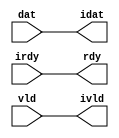

//------> /usr/cadtool/mentor/Catapult/2023.1/Mgc_home/pkgs/siflibs/ccs_in_wait_v1.v 
//------------------------------------------------------------------------------
// Catapult Synthesis - Sample I/O Port Library
//
// Copyright (c) 2003-2017 Mentor Graphics Corp.
//       All Rights Reserved
//
// This document may be used and distributed without restriction provided that
// this copyright statement is not removed from the file and that any derivative
// work contains this copyright notice.
//
// The design information contained in this file is intended to be an example
// of the functionality which the end user may study in preparation for creating
// their own custom interfaces. This design does not necessarily present a 
// complete implementation of the named protocol or standard.
//
//------------------------------------------------------------------------------


module ccs_in_wait_v1 (idat, rdy, ivld, dat, irdy, vld);

  parameter integer rscid = 1;
  parameter integer width = 8;

  output [width-1:0] idat;
  output             rdy;
  output             ivld;
  input  [width-1:0] dat;
  input              irdy;
  input              vld;

  wire   [width-1:0] idat;
  wire               rdy;
  wire               ivld;

  localparam stallOff = 0; 
  wire                  stall_ctrl;
  assign stall_ctrl = stallOff;

  assign idat = dat;
  assign rdy = irdy && !stall_ctrl;
  assign ivld = vld && !stall_ctrl;

endmodule


//------> /usr/cadtool/mentor/Catapult/2023.1/Mgc_home/pkgs/siflibs/ccs_out_wait_v1.v 
//------------------------------------------------------------------------------
// Catapult Synthesis - Sample I/O Port Library
//
// Copyright (c) 2003-2017 Mentor Graphics Corp.
//       All Rights Reserved
//
// This document may be used and distributed without restriction provided that
// this copyright statement is not removed from the file and that any derivative
// work contains this copyright notice.
//
// The design information contained in this file is intended to be an example
// of the functionality which the end user may study in preparation for creating
// their own custom interfaces. This design does not necessarily present a 
// complete implementation of the named protocol or standard.
//
//------------------------------------------------------------------------------


module ccs_out_wait_v1 (dat, irdy, vld, idat, rdy, ivld);

  parameter integer rscid = 1;
  parameter integer width = 8;

  output [width-1:0] dat;
  output             irdy;
  output             vld;
  input  [width-1:0] idat;
  input              rdy;
  input              ivld;

  wire   [width-1:0] dat;
  wire               irdy;
  wire               vld;

  localparam stallOff = 0; 
  wire stall_ctrl;
  assign stall_ctrl = stallOff;

  assign dat = idat;
  assign irdy = rdy && !stall_ctrl;
  assign vld = ivld && !stall_ctrl;

endmodule



//------> /usr/cadtool/mentor/Catapult/2023.1/Mgc_home/pkgs/siflibs/mgc_io_sync_v2.v 
//------------------------------------------------------------------------------
// Catapult Synthesis - Sample I/O Port Library
//
// Copyright (c) 2003-2017 Mentor Graphics Corp.
//       All Rights Reserved
//
// This document may be used and distributed without restriction provided that
// this copyright statement is not removed from the file and that any derivative
// work contains this copyright notice.
//
// The design information contained in this file is intended to be an example
// of the functionality which the end user may study in preparation for creating
// their own custom interfaces. This design does not necessarily present a 
// complete implementation of the named protocol or standard.
//
//------------------------------------------------------------------------------


module mgc_io_sync_v2 (ld, lz);
    parameter valid = 0;

    input  ld;
    output lz;

    wire   lz;

    assign lz = ld;

endmodule


//------> /usr/cadtool/mentor/Catapult/2023.1/Mgc_home/pkgs/siflibs/ccs_in_v1.v 
//------------------------------------------------------------------------------
// Catapult Synthesis - Sample I/O Port Library
//
// Copyright (c) 2003-2017 Mentor Graphics Corp.
//       All Rights Reserved
//
// This document may be used and distributed without restriction provided that
// this copyright statement is not removed from the file and that any derivative
// work contains this copyright notice.
//
// The design information contained in this file is intended to be an example
// of the functionality which the end user may study in preparation for creating
// their own custom interfaces. This design does not necessarily present a 
// complete implementation of the named protocol or standard.
//
//------------------------------------------------------------------------------


module ccs_in_v1 (idat, dat);

  parameter integer rscid = 1;
  parameter integer width = 8;

  output [width-1:0] idat;
  input  [width-1:0] dat;

  wire   [width-1:0] idat;

  assign idat = dat;

endmodule


//------> ./rtl.v 
// ----------------------------------------------------------------------
//  HLS HDL:        Verilog Netlister
//  HLS Version:    2023.1/1033555 Production Release
//  HLS Date:       Mon Feb 13 11:32:25 PST 2023
// 
//  Generated by:   m111061545@ws41
//  Generated date: Tue Mar 26 18:29:03 2024
// ----------------------------------------------------------------------

// 
// ------------------------------------------------------------------
//  Design Unit:    fir_run_run_fsm
//  FSM Module
// ------------------------------------------------------------------


module fir_run_run_fsm (
  clk, rst, run_wen, fsm_output, SHIFT_C_0_tr0
);
  input clk;
  input rst;
  input run_wen;
  output [2:0] fsm_output;
  reg [2:0] fsm_output;
  input SHIFT_C_0_tr0;


  // FSM State Type Declaration for fir_run_run_fsm_1
  parameter
    main_C_0 = 2'd0,
    SHIFT_C_0 = 2'd1,
    main_C_1 = 2'd2;

  reg [1:0] state_var;
  reg [1:0] state_var_NS;


  // Interconnect Declarations for Component Instantiations 
  always @(*)
  begin : fir_run_run_fsm_1
    case (state_var)
      SHIFT_C_0 : begin
        fsm_output = 3'b010;
        if ( SHIFT_C_0_tr0 ) begin
          state_var_NS = main_C_1;
        end
        else begin
          state_var_NS = SHIFT_C_0;
        end
      end
      main_C_1 : begin
        fsm_output = 3'b100;
        state_var_NS = main_C_0;
      end
      // main_C_0
      default : begin
        fsm_output = 3'b001;
        state_var_NS = SHIFT_C_0;
      end
    endcase
  end

  always @(posedge clk) begin
    if ( rst ) begin
      state_var <= main_C_0;
    end
    else if ( run_wen ) begin
      state_var <= state_var_NS;
    end
  end

endmodule

// ------------------------------------------------------------------
//  Design Unit:    fir_run_staller
// ------------------------------------------------------------------


module fir_run_staller (
  clk, rst, run_wen, run_wten, input_rsci_wen_comp, output_rsci_wen_comp
);
  input clk;
  input rst;
  output run_wen;
  output run_wten;
  reg run_wten;
  input input_rsci_wen_comp;
  input output_rsci_wen_comp;



  // Interconnect Declarations for Component Instantiations 
  assign run_wen = input_rsci_wen_comp & output_rsci_wen_comp;
  always @(posedge clk) begin
    if ( rst ) begin
      run_wten <= 1'b0;
    end
    else begin
      run_wten <= ~ run_wen;
    end
  end
endmodule

// ------------------------------------------------------------------
//  Design Unit:    fir_run_coeffs_triosy_obj_coeffs_triosy_wait_ctrl
// ------------------------------------------------------------------


module fir_run_coeffs_triosy_obj_coeffs_triosy_wait_ctrl (
  run_wten, coeffs_triosy_obj_iswt0, coeffs_triosy_obj_biwt
);
  input run_wten;
  input coeffs_triosy_obj_iswt0;
  output coeffs_triosy_obj_biwt;



  // Interconnect Declarations for Component Instantiations 
  assign coeffs_triosy_obj_biwt = (~ run_wten) & coeffs_triosy_obj_iswt0;
endmodule

// ------------------------------------------------------------------
//  Design Unit:    fir_run_output_rsci_output_wait_ctrl
// ------------------------------------------------------------------


module fir_run_output_rsci_output_wait_ctrl (
  output_rsci_iswt0, output_rsci_biwt, output_rsci_irdy
);
  input output_rsci_iswt0;
  output output_rsci_biwt;
  input output_rsci_irdy;



  // Interconnect Declarations for Component Instantiations 
  assign output_rsci_biwt = output_rsci_iswt0 & output_rsci_irdy;
endmodule

// ------------------------------------------------------------------
//  Design Unit:    fir_run_input_rsci_input_wait_ctrl
// ------------------------------------------------------------------


module fir_run_input_rsci_input_wait_ctrl (
  input_rsci_iswt0, input_rsci_biwt, input_rsci_ivld
);
  input input_rsci_iswt0;
  output input_rsci_biwt;
  input input_rsci_ivld;



  // Interconnect Declarations for Component Instantiations 
  assign input_rsci_biwt = input_rsci_iswt0 & input_rsci_ivld;
endmodule

// ------------------------------------------------------------------
//  Design Unit:    fir_run_coeffs_triosy_obj
// ------------------------------------------------------------------


module fir_run_coeffs_triosy_obj (
  coeffs_triosy_lz, run_wten, coeffs_triosy_obj_iswt0
);
  output coeffs_triosy_lz;
  input run_wten;
  input coeffs_triosy_obj_iswt0;


  // Interconnect Declarations
  wire coeffs_triosy_obj_biwt;


  // Interconnect Declarations for Component Instantiations 
  mgc_io_sync_v2 #(.valid(32'sd0)) coeffs_triosy_obj (
      .ld(coeffs_triosy_obj_biwt),
      .lz(coeffs_triosy_lz)
    );
  fir_run_coeffs_triosy_obj_coeffs_triosy_wait_ctrl fir_run_coeffs_triosy_obj_coeffs_triosy_wait_ctrl_inst
      (
      .run_wten(run_wten),
      .coeffs_triosy_obj_iswt0(coeffs_triosy_obj_iswt0),
      .coeffs_triosy_obj_biwt(coeffs_triosy_obj_biwt)
    );
endmodule

// ------------------------------------------------------------------
//  Design Unit:    fir_run_output_rsci
// ------------------------------------------------------------------


module fir_run_output_rsci (
  output_rsc_dat, output_rsc_vld, output_rsc_rdy, output_rsci_oswt, output_rsci_wen_comp,
      output_rsci_idat
);
  output [7:0] output_rsc_dat;
  output output_rsc_vld;
  input output_rsc_rdy;
  input output_rsci_oswt;
  output output_rsci_wen_comp;
  input [7:0] output_rsci_idat;


  // Interconnect Declarations
  wire output_rsci_biwt;
  wire output_rsci_irdy;


  // Interconnect Declarations for Component Instantiations 
  ccs_out_wait_v1 #(.rscid(32'sd3),
  .width(32'sd8)) output_rsci (
      .irdy(output_rsci_irdy),
      .ivld(output_rsci_oswt),
      .idat(output_rsci_idat),
      .rdy(output_rsc_rdy),
      .vld(output_rsc_vld),
      .dat(output_rsc_dat)
    );
  fir_run_output_rsci_output_wait_ctrl fir_run_output_rsci_output_wait_ctrl_inst
      (
      .output_rsci_iswt0(output_rsci_oswt),
      .output_rsci_biwt(output_rsci_biwt),
      .output_rsci_irdy(output_rsci_irdy)
    );
  assign output_rsci_wen_comp = (~ output_rsci_oswt) | output_rsci_biwt;
endmodule

// ------------------------------------------------------------------
//  Design Unit:    fir_run_input_rsci
// ------------------------------------------------------------------


module fir_run_input_rsci (
  input_rsc_dat, input_rsc_vld, input_rsc_rdy, input_rsci_oswt, input_rsci_wen_comp,
      input_rsci_idat_mxwt
);
  input [7:0] input_rsc_dat;
  input input_rsc_vld;
  output input_rsc_rdy;
  input input_rsci_oswt;
  output input_rsci_wen_comp;
  output [7:0] input_rsci_idat_mxwt;


  // Interconnect Declarations
  wire input_rsci_biwt;
  wire input_rsci_ivld;
  wire [7:0] input_rsci_idat;


  // Interconnect Declarations for Component Instantiations 
  ccs_in_wait_v1 #(.rscid(32'sd1),
  .width(32'sd8)) input_rsci (
      .rdy(input_rsc_rdy),
      .vld(input_rsc_vld),
      .dat(input_rsc_dat),
      .irdy(input_rsci_oswt),
      .ivld(input_rsci_ivld),
      .idat(input_rsci_idat)
    );
  fir_run_input_rsci_input_wait_ctrl fir_run_input_rsci_input_wait_ctrl_inst (
      .input_rsci_iswt0(input_rsci_oswt),
      .input_rsci_biwt(input_rsci_biwt),
      .input_rsci_ivld(input_rsci_ivld)
    );
  assign input_rsci_idat_mxwt = input_rsci_idat;
  assign input_rsci_wen_comp = (~ input_rsci_oswt) | input_rsci_biwt;
endmodule

// ------------------------------------------------------------------
//  Design Unit:    fir_run
// ------------------------------------------------------------------


module fir_run (
  clk, rst, input_rsc_dat, input_rsc_vld, input_rsc_rdy, coeffs_rsc_dat, coeffs_triosy_lz,
      output_rsc_dat, output_rsc_vld, output_rsc_rdy
);
  input clk;
  input rst;
  input [7:0] input_rsc_dat;
  input input_rsc_vld;
  output input_rsc_rdy;
  input [63:0] coeffs_rsc_dat;
  output coeffs_triosy_lz;
  output [7:0] output_rsc_dat;
  output output_rsc_vld;
  input output_rsc_rdy;


  // Interconnect Declarations
  wire run_wen;
  wire run_wten;
  wire input_rsci_wen_comp;
  wire [7:0] input_rsci_idat_mxwt;
  wire [63:0] coeffs_rsci_idat;
  wire output_rsci_wen_comp;
  reg [7:0] output_rsci_idat;
  wire [2:0] fsm_output;
  wire [3:0] SHIFT_acc_1_tmp;
  wire [4:0] nl_SHIFT_acc_1_tmp;
  wire or_dcpl_5;
  wire or_dcpl_6;
  wire or_dcpl_7;
  wire or_dcpl_8;
  wire or_dcpl_9;
  wire or_dcpl_10;
  wire or_dcpl_11;
  wire or_dcpl_12;
  wire or_dcpl_14;
  wire or_dcpl_16;
  reg [2:0] SHIFT_i_3_0_sva_2_0;
  reg reg_input_rsci_oswt_cse;
  reg reg_coeffs_triosy_obj_iswt0_cse;
  wire MAC_and_m1c;
  wire MAC_and_m1c_1;
  wire MAC_and_m1c_2;
  wire MAC_and_m1c_3;
  wire MAC_and_m1c_4;
  wire MAC_and_m1c_5;
  wire or_13_cse;
  reg [2:0] MAC_i_3_0_sva_2_0;
  wire MAC_and_12_m1c;
  reg [7:0] regs_0_lpi_2;
  reg [7:0] regs_3_lpi_2;
  reg [7:0] regs_4_lpi_2;
  reg [7:0] regs_2_lpi_2;
  reg [7:0] regs_5_lpi_2;
  reg [7:0] regs_1_lpi_2;
  reg [7:0] regs_6_lpi_2;
  reg [7:0] regs_7_lpi_2;
  reg [18:0] temp_sva;
  wire [7:0] regs_0_lpi_2_mx1;
  wire [18:0] temp_sva_2;
  wire [19:0] nl_temp_sva_2;
  wire [7:0] SHIFT_else_SHIFT_else_slc_regs_8_7_0_1_ctmp_sva_1;
  wire [3:0] MAC_i_3_0_sva_2;
  wire [4:0] nl_MAC_i_3_0_sva_2;
  wire [2:0] SHIFT_else_acc_1_tmp;
  wire [3:0] nl_SHIFT_else_acc_1_tmp;
  wire and_60_cse;

  wire not_22_nl;
  wire not_31_nl;
  wire or_15_nl;
  wire[15:0] MAC_mul_nl;
  wire[7:0] MAC_mux_nl;
  wire[7:0] MAC_MAC_mux1h_nl;
  wire MAC_nor_nl;
  wire MAC_or_nl;
  wire MAC_and_6_nl;
  wire MAC_and_7_nl;
  wire MAC_and_8_nl;
  wire MAC_and_9_nl;
  wire MAC_and_10_nl;
  wire MAC_and_11_nl;
  wire MAC_and_20_nl;

  // Interconnect Declarations for Component Instantiations 
  ccs_in_v1 #(.rscid(32'sd2),
  .width(32'sd64)) coeffs_rsci (
      .dat(coeffs_rsc_dat),
      .idat(coeffs_rsci_idat)
    );
  fir_run_input_rsci fir_run_input_rsci_inst (
      .input_rsc_dat(input_rsc_dat),
      .input_rsc_vld(input_rsc_vld),
      .input_rsc_rdy(input_rsc_rdy),
      .input_rsci_oswt(reg_input_rsci_oswt_cse),
      .input_rsci_wen_comp(input_rsci_wen_comp),
      .input_rsci_idat_mxwt(input_rsci_idat_mxwt)
    );
  fir_run_output_rsci fir_run_output_rsci_inst (
      .output_rsc_dat(output_rsc_dat),
      .output_rsc_vld(output_rsc_vld),
      .output_rsc_rdy(output_rsc_rdy),
      .output_rsci_oswt(reg_coeffs_triosy_obj_iswt0_cse),
      .output_rsci_wen_comp(output_rsci_wen_comp),
      .output_rsci_idat(output_rsci_idat)
    );
  fir_run_coeffs_triosy_obj fir_run_coeffs_triosy_obj_inst (
      .coeffs_triosy_lz(coeffs_triosy_lz),
      .run_wten(run_wten),
      .coeffs_triosy_obj_iswt0(reg_coeffs_triosy_obj_iswt0_cse)
    );
  fir_run_staller fir_run_staller_inst (
      .clk(clk),
      .rst(rst),
      .run_wen(run_wen),
      .run_wten(run_wten),
      .input_rsci_wen_comp(input_rsci_wen_comp),
      .output_rsci_wen_comp(output_rsci_wen_comp)
    );
  fir_run_run_fsm fir_run_run_fsm_inst (
      .clk(clk),
      .rst(rst),
      .run_wen(run_wen),
      .fsm_output(fsm_output),
      .SHIFT_C_0_tr0(and_60_cse)
    );
  assign or_13_cse = or_dcpl_5 | (~ (SHIFT_i_3_0_sva_2_0[1]));
  assign and_60_cse = (MAC_i_3_0_sva_2[3]) & (SHIFT_acc_1_tmp[3]);
  assign or_15_nl = or_dcpl_11 | (SHIFT_i_3_0_sva_2_0[1]);
  assign regs_0_lpi_2_mx1 = MUX_v_8_2_2(input_rsci_idat_mxwt, regs_0_lpi_2, or_15_nl);
  assign MAC_and_m1c = (MAC_i_3_0_sva_2_0==3'b001);
  assign MAC_and_m1c_1 = (MAC_i_3_0_sva_2_0==3'b010);
  assign MAC_and_m1c_2 = (MAC_i_3_0_sva_2_0==3'b011);
  assign MAC_and_m1c_3 = (MAC_i_3_0_sva_2_0==3'b100);
  assign MAC_and_m1c_4 = (MAC_i_3_0_sva_2_0==3'b101);
  assign MAC_and_m1c_5 = (MAC_i_3_0_sva_2_0==3'b110);
  assign MAC_and_12_m1c = (MAC_i_3_0_sva_2_0==3'b111);
  assign MAC_mux_nl = MUX_v_8_8_2((coeffs_rsci_idat[7:0]), (coeffs_rsci_idat[15:8]),
      (coeffs_rsci_idat[23:16]), (coeffs_rsci_idat[31:24]), (coeffs_rsci_idat[39:32]),
      (coeffs_rsci_idat[47:40]), (coeffs_rsci_idat[55:48]), (coeffs_rsci_idat[63:56]),
      MAC_i_3_0_sva_2_0);
  assign MAC_nor_nl = ~((MAC_i_3_0_sva_2_0!=3'b000));
  assign MAC_or_nl = ((~ or_dcpl_8) & MAC_and_m1c) | ((~ or_dcpl_12) & MAC_and_m1c_1)
      | ((~ or_dcpl_14) & MAC_and_m1c_2) | ((~ or_dcpl_16) & MAC_and_m1c_3) | ((~
      or_dcpl_6) & MAC_and_m1c_4) | ((~ or_dcpl_10) & MAC_and_m1c_5) | ((~ or_13_cse)
      & MAC_and_12_m1c);
  assign MAC_and_6_nl = or_dcpl_8 & MAC_and_m1c;
  assign MAC_and_7_nl = or_dcpl_12 & MAC_and_m1c_1;
  assign MAC_and_8_nl = or_dcpl_14 & MAC_and_m1c_2;
  assign MAC_and_9_nl = or_dcpl_16 & MAC_and_m1c_3;
  assign MAC_and_10_nl = or_dcpl_6 & MAC_and_m1c_4;
  assign MAC_and_11_nl = or_dcpl_10 & MAC_and_m1c_5;
  assign MAC_and_20_nl = or_13_cse & MAC_and_12_m1c;
  assign MAC_MAC_mux1h_nl = MUX1HOT_v_8_9_2(regs_0_lpi_2_mx1, SHIFT_else_SHIFT_else_slc_regs_8_7_0_1_ctmp_sva_1,
      regs_1_lpi_2, regs_2_lpi_2, regs_3_lpi_2, regs_4_lpi_2, regs_5_lpi_2, regs_6_lpi_2,
      regs_7_lpi_2, {MAC_nor_nl , MAC_or_nl , MAC_and_6_nl , MAC_and_7_nl , MAC_and_8_nl
      , MAC_and_9_nl , MAC_and_10_nl , MAC_and_11_nl , MAC_and_20_nl});
  assign MAC_mul_nl = $signed(MAC_mux_nl) * $signed(MAC_MAC_mux1h_nl);
  assign nl_temp_sva_2 = temp_sva + conv_s2s_16_19(MAC_mul_nl);
  assign temp_sva_2 = nl_temp_sva_2[18:0];
  assign nl_SHIFT_else_acc_1_tmp = SHIFT_i_3_0_sva_2_0 + 3'b111;
  assign SHIFT_else_acc_1_tmp = nl_SHIFT_else_acc_1_tmp[2:0];
  assign SHIFT_else_SHIFT_else_slc_regs_8_7_0_1_ctmp_sva_1 = MUX_v_8_7_2(regs_0_lpi_2,
      regs_1_lpi_2, regs_2_lpi_2, regs_3_lpi_2, regs_4_lpi_2, regs_5_lpi_2, regs_6_lpi_2,
      SHIFT_else_acc_1_tmp);
  assign nl_SHIFT_acc_1_tmp = conv_u2s_3_4(SHIFT_i_3_0_sva_2_0) + 4'b1111;
  assign SHIFT_acc_1_tmp = nl_SHIFT_acc_1_tmp[3:0];
  assign nl_MAC_i_3_0_sva_2 = conv_u2s_3_4(MAC_i_3_0_sva_2_0) + 4'b1111;
  assign MAC_i_3_0_sva_2 = nl_MAC_i_3_0_sva_2[3:0];
  assign or_dcpl_5 = ~((SHIFT_i_3_0_sva_2_0[2]) & (SHIFT_i_3_0_sva_2_0[0]));
  assign or_dcpl_6 = or_dcpl_5 | (SHIFT_i_3_0_sva_2_0[1]);
  assign or_dcpl_7 = (SHIFT_i_3_0_sva_2_0[2]) | (~ (SHIFT_i_3_0_sva_2_0[0]));
  assign or_dcpl_8 = or_dcpl_7 | (SHIFT_i_3_0_sva_2_0[1]);
  assign or_dcpl_9 = (~ (SHIFT_i_3_0_sva_2_0[2])) | (SHIFT_i_3_0_sva_2_0[0]);
  assign or_dcpl_10 = or_dcpl_9 | (~ (SHIFT_i_3_0_sva_2_0[1]));
  assign or_dcpl_11 = (SHIFT_i_3_0_sva_2_0[2]) | (SHIFT_i_3_0_sva_2_0[0]);
  assign or_dcpl_12 = or_dcpl_11 | (~ (SHIFT_i_3_0_sva_2_0[1]));
  assign or_dcpl_14 = or_dcpl_7 | (~ (SHIFT_i_3_0_sva_2_0[1]));
  assign or_dcpl_16 = or_dcpl_9 | (SHIFT_i_3_0_sva_2_0[1]);
  always @(posedge clk) begin
    if ( rst ) begin
      reg_input_rsci_oswt_cse <= 1'b0;
      SHIFT_i_3_0_sva_2_0 <= 3'b000;
      MAC_i_3_0_sva_2_0 <= 3'b000;
      temp_sva <= 19'b0000000000000000000;
      reg_coeffs_triosy_obj_iswt0_cse <= 1'b0;
    end
    else if ( run_wen ) begin
      reg_input_rsci_oswt_cse <= (~((SHIFT_acc_1_tmp[0]) | and_60_cse)) & (SHIFT_acc_1_tmp[2:1]==2'b00)
          & (fsm_output[1]);
      SHIFT_i_3_0_sva_2_0 <= MUX_v_3_2_2((SHIFT_acc_1_tmp[2:0]), 3'b111, not_22_nl);
      MAC_i_3_0_sva_2_0 <= MUX_v_3_2_2((MAC_i_3_0_sva_2[2:0]), 3'b111, not_31_nl);
      temp_sva <= MUX_v_19_2_2(19'b0000000000000000000, temp_sva_2, (fsm_output[1]));
      reg_coeffs_triosy_obj_iswt0_cse <= and_60_cse & (fsm_output[1]);
    end
  end
  always @(posedge clk) begin
    if ( rst ) begin
      regs_5_lpi_2 <= 8'b00000000;
    end
    else if ( (SHIFT_i_3_0_sva_2_0==3'b101) & (fsm_output[1]) & ((SHIFT_else_acc_1_tmp!=3'b101))
        & run_wen ) begin
      regs_5_lpi_2 <= SHIFT_else_SHIFT_else_slc_regs_8_7_0_1_ctmp_sva_1;
    end
  end
  always @(posedge clk) begin
    if ( rst ) begin
      regs_1_lpi_2 <= 8'b00000000;
    end
    else if ( (SHIFT_i_3_0_sva_2_0==3'b001) & (fsm_output[1]) & ((SHIFT_else_acc_1_tmp!=3'b001))
        & run_wen ) begin
      regs_1_lpi_2 <= SHIFT_else_SHIFT_else_slc_regs_8_7_0_1_ctmp_sva_1;
    end
  end
  always @(posedge clk) begin
    if ( rst ) begin
      regs_6_lpi_2 <= 8'b00000000;
    end
    else if ( (SHIFT_i_3_0_sva_2_0==3'b110) & (fsm_output[1]) & ((SHIFT_else_acc_1_tmp!=3'b110))
        & run_wen ) begin
      regs_6_lpi_2 <= SHIFT_else_SHIFT_else_slc_regs_8_7_0_1_ctmp_sva_1;
    end
  end
  always @(posedge clk) begin
    if ( rst ) begin
      regs_2_lpi_2 <= 8'b00000000;
    end
    else if ( (SHIFT_i_3_0_sva_2_0==3'b010) & (fsm_output[1]) & ((SHIFT_else_acc_1_tmp!=3'b010))
        & run_wen ) begin
      regs_2_lpi_2 <= SHIFT_else_SHIFT_else_slc_regs_8_7_0_1_ctmp_sva_1;
    end
  end
  always @(posedge clk) begin
    if ( rst ) begin
      regs_7_lpi_2 <= 8'b00000000;
    end
    else if ( run_wen & (~(((SHIFT_acc_1_tmp[2:0]==3'b111)) | and_60_cse)) & (~ or_13_cse)
        ) begin
      regs_7_lpi_2 <= SHIFT_else_SHIFT_else_slc_regs_8_7_0_1_ctmp_sva_1;
    end
  end
  always @(posedge clk) begin
    if ( rst ) begin
      regs_3_lpi_2 <= 8'b00000000;
    end
    else if ( (SHIFT_i_3_0_sva_2_0==3'b011) & (fsm_output[1]) & ((SHIFT_else_acc_1_tmp!=3'b011))
        & run_wen ) begin
      regs_3_lpi_2 <= SHIFT_else_SHIFT_else_slc_regs_8_7_0_1_ctmp_sva_1;
    end
  end
  always @(posedge clk) begin
    if ( rst ) begin
      regs_0_lpi_2 <= 8'b00000000;
    end
    else if ( ((SHIFT_acc_1_tmp[2:0]!=3'b000) | and_60_cse) & (fsm_output[1]) & run_wen
        & (SHIFT_i_3_0_sva_2_0==3'b000) ) begin
      regs_0_lpi_2 <= regs_0_lpi_2_mx1;
    end
  end
  always @(posedge clk) begin
    if ( rst ) begin
      regs_4_lpi_2 <= 8'b00000000;
    end
    else if ( (SHIFT_i_3_0_sva_2_0==3'b100) & (fsm_output[1]) & ((SHIFT_else_acc_1_tmp!=3'b100))
        & run_wen ) begin
      regs_4_lpi_2 <= SHIFT_else_SHIFT_else_slc_regs_8_7_0_1_ctmp_sva_1;
    end
  end
  always @(posedge clk) begin
    if ( rst ) begin
      output_rsci_idat <= 8'b00000000;
    end
    else if ( run_wen & and_60_cse & (fsm_output[1]) ) begin
      output_rsci_idat <= temp_sva_2[18:11];
    end
  end
  assign not_22_nl = ~ (fsm_output[1]);
  assign not_31_nl = ~ (fsm_output[1]);

  function automatic [7:0] MUX1HOT_v_8_9_2;
    input [7:0] input_8;
    input [7:0] input_7;
    input [7:0] input_6;
    input [7:0] input_5;
    input [7:0] input_4;
    input [7:0] input_3;
    input [7:0] input_2;
    input [7:0] input_1;
    input [7:0] input_0;
    input [8:0] sel;
    reg [7:0] result;
  begin
    result = input_0 & {8{sel[0]}};
    result = result | (input_1 & {8{sel[1]}});
    result = result | (input_2 & {8{sel[2]}});
    result = result | (input_3 & {8{sel[3]}});
    result = result | (input_4 & {8{sel[4]}});
    result = result | (input_5 & {8{sel[5]}});
    result = result | (input_6 & {8{sel[6]}});
    result = result | (input_7 & {8{sel[7]}});
    result = result | (input_8 & {8{sel[8]}});
    MUX1HOT_v_8_9_2 = result;
  end
  endfunction


  function automatic [18:0] MUX_v_19_2_2;
    input [18:0] input_0;
    input [18:0] input_1;
    input  sel;
    reg [18:0] result;
  begin
    case (sel)
      1'b0 : begin
        result = input_0;
      end
      default : begin
        result = input_1;
      end
    endcase
    MUX_v_19_2_2 = result;
  end
  endfunction


  function automatic [2:0] MUX_v_3_2_2;
    input [2:0] input_0;
    input [2:0] input_1;
    input  sel;
    reg [2:0] result;
  begin
    case (sel)
      1'b0 : begin
        result = input_0;
      end
      default : begin
        result = input_1;
      end
    endcase
    MUX_v_3_2_2 = result;
  end
  endfunction


  function automatic [7:0] MUX_v_8_2_2;
    input [7:0] input_0;
    input [7:0] input_1;
    input  sel;
    reg [7:0] result;
  begin
    case (sel)
      1'b0 : begin
        result = input_0;
      end
      default : begin
        result = input_1;
      end
    endcase
    MUX_v_8_2_2 = result;
  end
  endfunction


  function automatic [7:0] MUX_v_8_7_2;
    input [7:0] input_0;
    input [7:0] input_1;
    input [7:0] input_2;
    input [7:0] input_3;
    input [7:0] input_4;
    input [7:0] input_5;
    input [7:0] input_6;
    input [2:0] sel;
    reg [7:0] result;
  begin
    case (sel)
      3'b000 : begin
        result = input_0;
      end
      3'b001 : begin
        result = input_1;
      end
      3'b010 : begin
        result = input_2;
      end
      3'b011 : begin
        result = input_3;
      end
      3'b100 : begin
        result = input_4;
      end
      3'b101 : begin
        result = input_5;
      end
      default : begin
        result = input_6;
      end
    endcase
    MUX_v_8_7_2 = result;
  end
  endfunction


  function automatic [7:0] MUX_v_8_8_2;
    input [7:0] input_0;
    input [7:0] input_1;
    input [7:0] input_2;
    input [7:0] input_3;
    input [7:0] input_4;
    input [7:0] input_5;
    input [7:0] input_6;
    input [7:0] input_7;
    input [2:0] sel;
    reg [7:0] result;
  begin
    case (sel)
      3'b000 : begin
        result = input_0;
      end
      3'b001 : begin
        result = input_1;
      end
      3'b010 : begin
        result = input_2;
      end
      3'b011 : begin
        result = input_3;
      end
      3'b100 : begin
        result = input_4;
      end
      3'b101 : begin
        result = input_5;
      end
      3'b110 : begin
        result = input_6;
      end
      default : begin
        result = input_7;
      end
    endcase
    MUX_v_8_8_2 = result;
  end
  endfunction


  function automatic [18:0] conv_s2s_16_19 ;
    input [15:0]  vector ;
  begin
    conv_s2s_16_19 = {{3{vector[15]}}, vector};
  end
  endfunction


  function automatic [3:0] conv_u2s_3_4 ;
    input [2:0]  vector ;
  begin
    conv_u2s_3_4 =  {1'b0, vector};
  end
  endfunction

endmodule

// ------------------------------------------------------------------
//  Design Unit:    fir
// ------------------------------------------------------------------


module fir (
  clk, rst, input_rsc_dat, input_rsc_vld, input_rsc_rdy, coeffs_rsc_dat, coeffs_triosy_lz,
      output_rsc_dat, output_rsc_vld, output_rsc_rdy
);
  input clk;
  input rst;
  input [7:0] input_rsc_dat;
  input input_rsc_vld;
  output input_rsc_rdy;
  input [63:0] coeffs_rsc_dat;
  output coeffs_triosy_lz;
  output [7:0] output_rsc_dat;
  output output_rsc_vld;
  input output_rsc_rdy;



  // Interconnect Declarations for Component Instantiations 
  fir_run fir_run_inst (
      .clk(clk),
      .rst(rst),
      .input_rsc_dat(input_rsc_dat),
      .input_rsc_vld(input_rsc_vld),
      .input_rsc_rdy(input_rsc_rdy),
      .coeffs_rsc_dat(coeffs_rsc_dat),
      .coeffs_triosy_lz(coeffs_triosy_lz),
      .output_rsc_dat(output_rsc_dat),
      .output_rsc_vld(output_rsc_vld),
      .output_rsc_rdy(output_rsc_rdy)
    );
endmodule